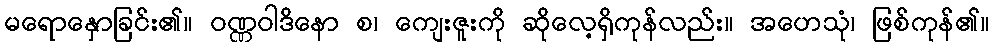
မရောနှောခြင်း၏။ ဝဏ္ဏဝါဒိနော စ၊ ကျေးဇူးကို ဆိုလေ့ရှိကုန်လည်း။ အဟေသုံ၊ ဖြစ်ကုန်၏။